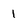
Character: 1